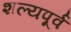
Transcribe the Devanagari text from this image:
शल्यपूर्व